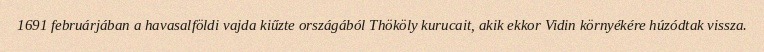
1691 februárjában a havasalföldi vajda kiűzte országából Thököly kurucait, akik ekkor Vidin környékére húzódtak vissza.